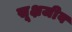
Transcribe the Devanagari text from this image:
सूक्षजीव